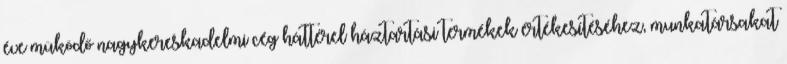
éve müködő nagykereskadelmi cég háttérel háztartási termékek értékesítéséhez, munkatársakat